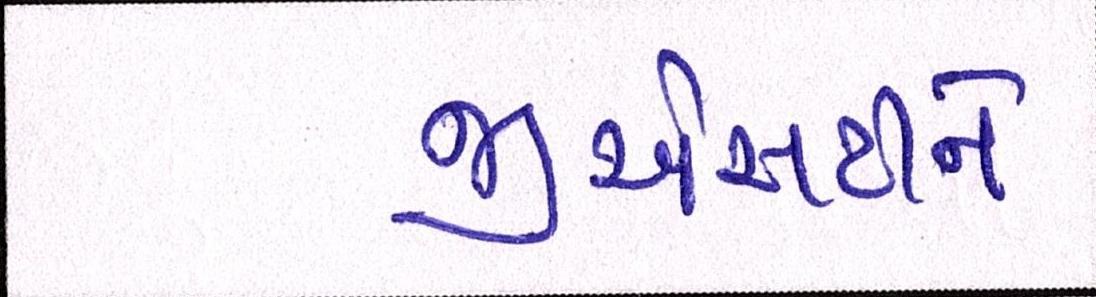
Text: જીએસટીને